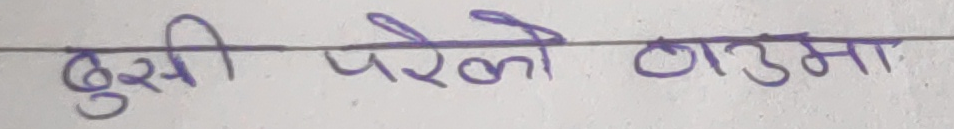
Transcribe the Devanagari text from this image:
बुसी परेको ठाउमा